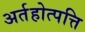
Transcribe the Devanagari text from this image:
अर्तहोत्पत्ति